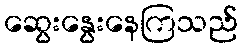
ဆွေးနွေးနေကြသည်